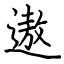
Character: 遨